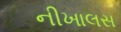
નીખાલસ